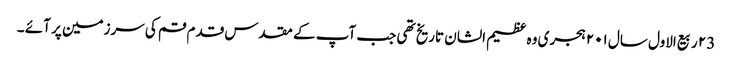
۲3 ربیع الاول سال ۲۰۱ ہجری وہ عظیم الشان تاریخ تھی جب آپ کے مقدس قدم قم کی سرزمین پر آئے ۔